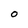
Character: O